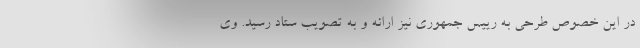
در این خصوص طرحی به رییس جمهوری نیز ارائه و به تصویب ستاد رسید. وی